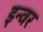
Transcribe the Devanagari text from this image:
इन्वर